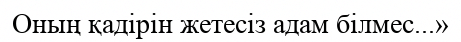
Оның қадірін жетесіз адам білмес...»